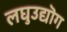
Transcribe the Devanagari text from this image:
लघुउद्यॊग